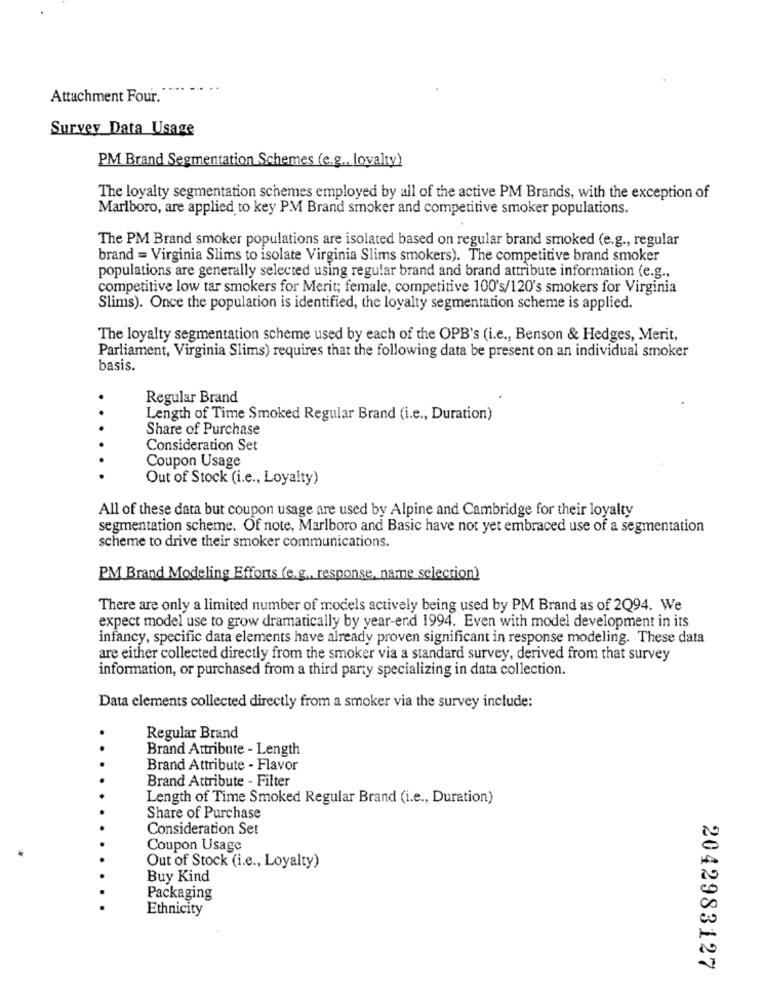
Attachment Four.
Survey Data Usage
PM Brand Segmentation Schemes (e.g ., loyalty)
The loyalty segmentation schemes employed by all of the active PM Brands, with the exception of
Marlboro, are applied to key PM Brand smoker and competitive smoker populations.
The PM Brand smoker populations are isolated based on regular brand smoked (e.g ., regular
brand = Virginia Slims to isolate Virginia Slims smokers). The competitive brand smoker
populations are generally selected using regular brand and brand attribute information (e.g .,
competitive low tar smokers for Merit; female, competitive 100's/120's smokers for Virginia
Slims). Once the population is identified, the loyalty segmentation scheme is applied.
The loyalty segmentation scheme used by each of the OPB's (i.e ., Benson & Hedges, Merit,
Parliament, Virginia Slims) requires that the following data be present on an individual smoker
basis.
Regular Brand
Length of Time Smoked Regular Brand (i.e ., Duration)
Share of Purchase
Consideration Set
Coupon Usage
Out of Stock (i.e ., Loyalty)
All of these data but coupon usage are used by Alpine and Cambridge for their loyalty
segmentation scheme. Of note, Marlboro and Basic have not yet embraced use of a segmentation
scheme to drive their smoker communications.
PM Brand Modeling Efforts (e.g ., response, name selection)
There are only a limited number of models actively being used by PM Brand as of 2Q94. We
expect model use to grow dramatically by year-end 1994. Even with model development in its
infancy, specific data elements have already proven significant in response modeling. These data
are either collected directly from the smoker via a standard survey, derived from that survey
information, or purchased from a third party specializing in data collection.
Data elements collected directly from a smoker via the survey include:
Regular Brand
Brand Attribute - Length
Brand Attribute - Flavor
Brand Attribute - Filter
Length of Time Smoked Regular Brand (i.e ., Duration)
Share of Purchase
Consideration Set
Coupon Usage
Out of Stock (i.e ., Loyalty)
Buy Kind
Packaging
Ethnicity
2042983127